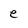
Character: e